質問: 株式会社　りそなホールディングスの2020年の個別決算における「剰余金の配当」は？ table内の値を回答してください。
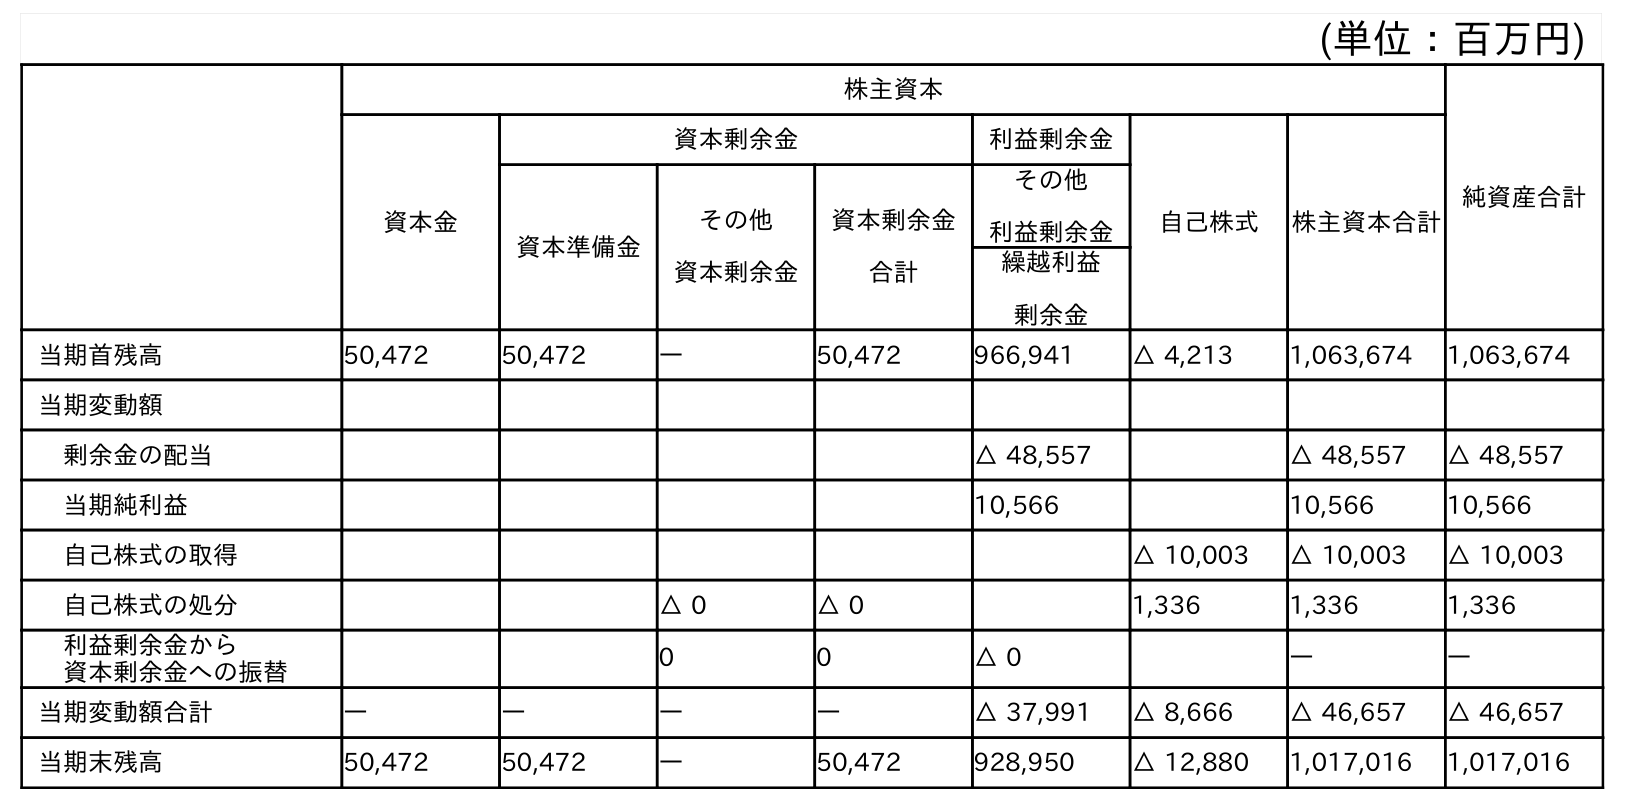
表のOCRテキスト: (単位：百万円) 株主資本 純資産合計 資本金 資本剰余金 利益剰余金 自己株式 株主資本合計 資本準備金 その他 資本剰余金 資本剰余金 合計 その他 利益剰余金 繰越利益 剰余金 当期首残高 50,472 50,472 ― 50,472 966,941 △ 4,213 1,063,674 1,063,674 当期変動額 剰余金の配当 △ 48,557 △ 48,557 △ 48,557 当期純利益 10,566 10,566 10,566 自己株式の取得 △ 10,003 △ 10,003 △ 10,003 自己株式の処分 △ 0 △ 0 1,336 1,336 1,336 利益剰余金から 資本剰余金への振替 0 0 △ 0 ― ― 当期変動額合計 ― ― ― ― △ 37,991 △ 8,666 △ 46,657 △ 46,657 当期末残高 50,472 50,472 ― 50,472 928,950 △ 12,880 1,017,016 1,017,016
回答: △48,557